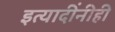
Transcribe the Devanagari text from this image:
इत्यादींनीही